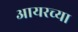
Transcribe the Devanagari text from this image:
आयरच्या